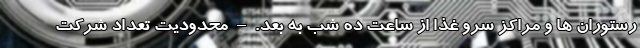
رستوران ها و مراکز سرو غذا از ساعت ده شب به بعد. – محدودیت تعداد شرکت